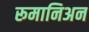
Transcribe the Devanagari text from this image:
रूमानिअन